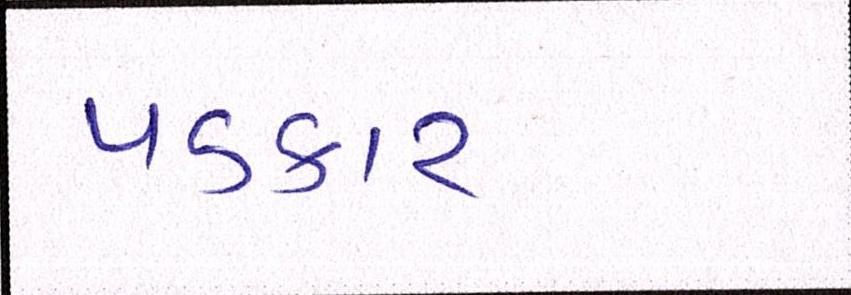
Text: પડકાર